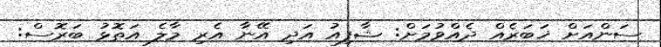
ސަންއަށް ޚަބަރެއް ދެއްވުމަށް: ޝާފިއު އަދި އޭނާ އެރި މާލެ އަތޮޅު ބަރޮސް: